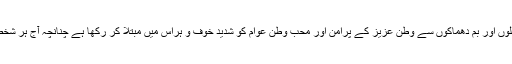
کچھ لوگوں نے جہاد کے نام پر خود کش حملوں اور بم دھماکوں سے وطن عزیز کے پرامن اور محب وطن عوام کو شدید خوف و ہراس میں مبتلا کر رکھا ہے چنانچہ آج ہر شخص اپنے آپ کو غیر محفوظ تصور کرتا ہے۔